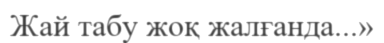
Жай табу жоқ жалғанда...»